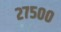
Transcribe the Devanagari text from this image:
२७५००